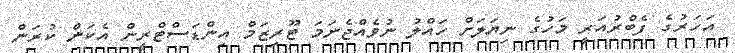
އަހަރުގެ ފެބްރުއަރީ މަހުގެ ނިޔަލަށް ހައްލު ނުވެއްޖެނަމަ ޓޫރިޒަމް އިންޑަސްޓްރީން އެކަން ކުރަން